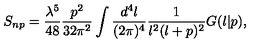
S _ { n p } = \frac { \lambda ^ { 5 } } { 4 8 } \frac { p ^ { 2 } } { 3 2 \pi ^ { 2 } } \int \frac { d ^ { 4 } l } { ( 2 \pi ) ^ { 4 } } \frac { 1 } { l ^ { 2 } ( l + p ) ^ { 2 } } G ( l | p ) ,